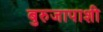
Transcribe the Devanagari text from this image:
बुरुजापाशी